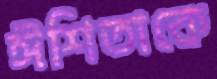
ঈশিতাকে